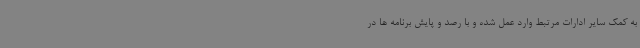
به کمک سایر ادارات مرتبط وارد عمل شده و با رصد و پایش برنامه ها در